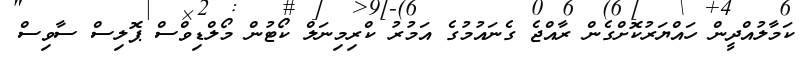
ކަމާލުއްދީން ހައްޔަރުކޮށްގެން ރާއްޖެ ގެނައުމުގެ އަމުރު ކްރިމިނަލް ކޯޓުން މޯލްޑިވްސް ޕޮލިސް ސާވިސް